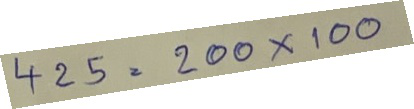
425 = 200 x 100